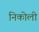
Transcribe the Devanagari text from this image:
निकोली